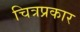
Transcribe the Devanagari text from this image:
चित्रप्रकार